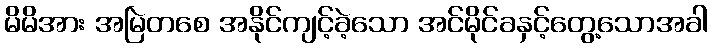
မိမိအား အမြဲတစေ အနိုင်ကျင့်ခဲ့သော အင်မိုင်ခနှင့်တွေ့သောအခါ